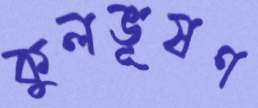
কুলভূষণ